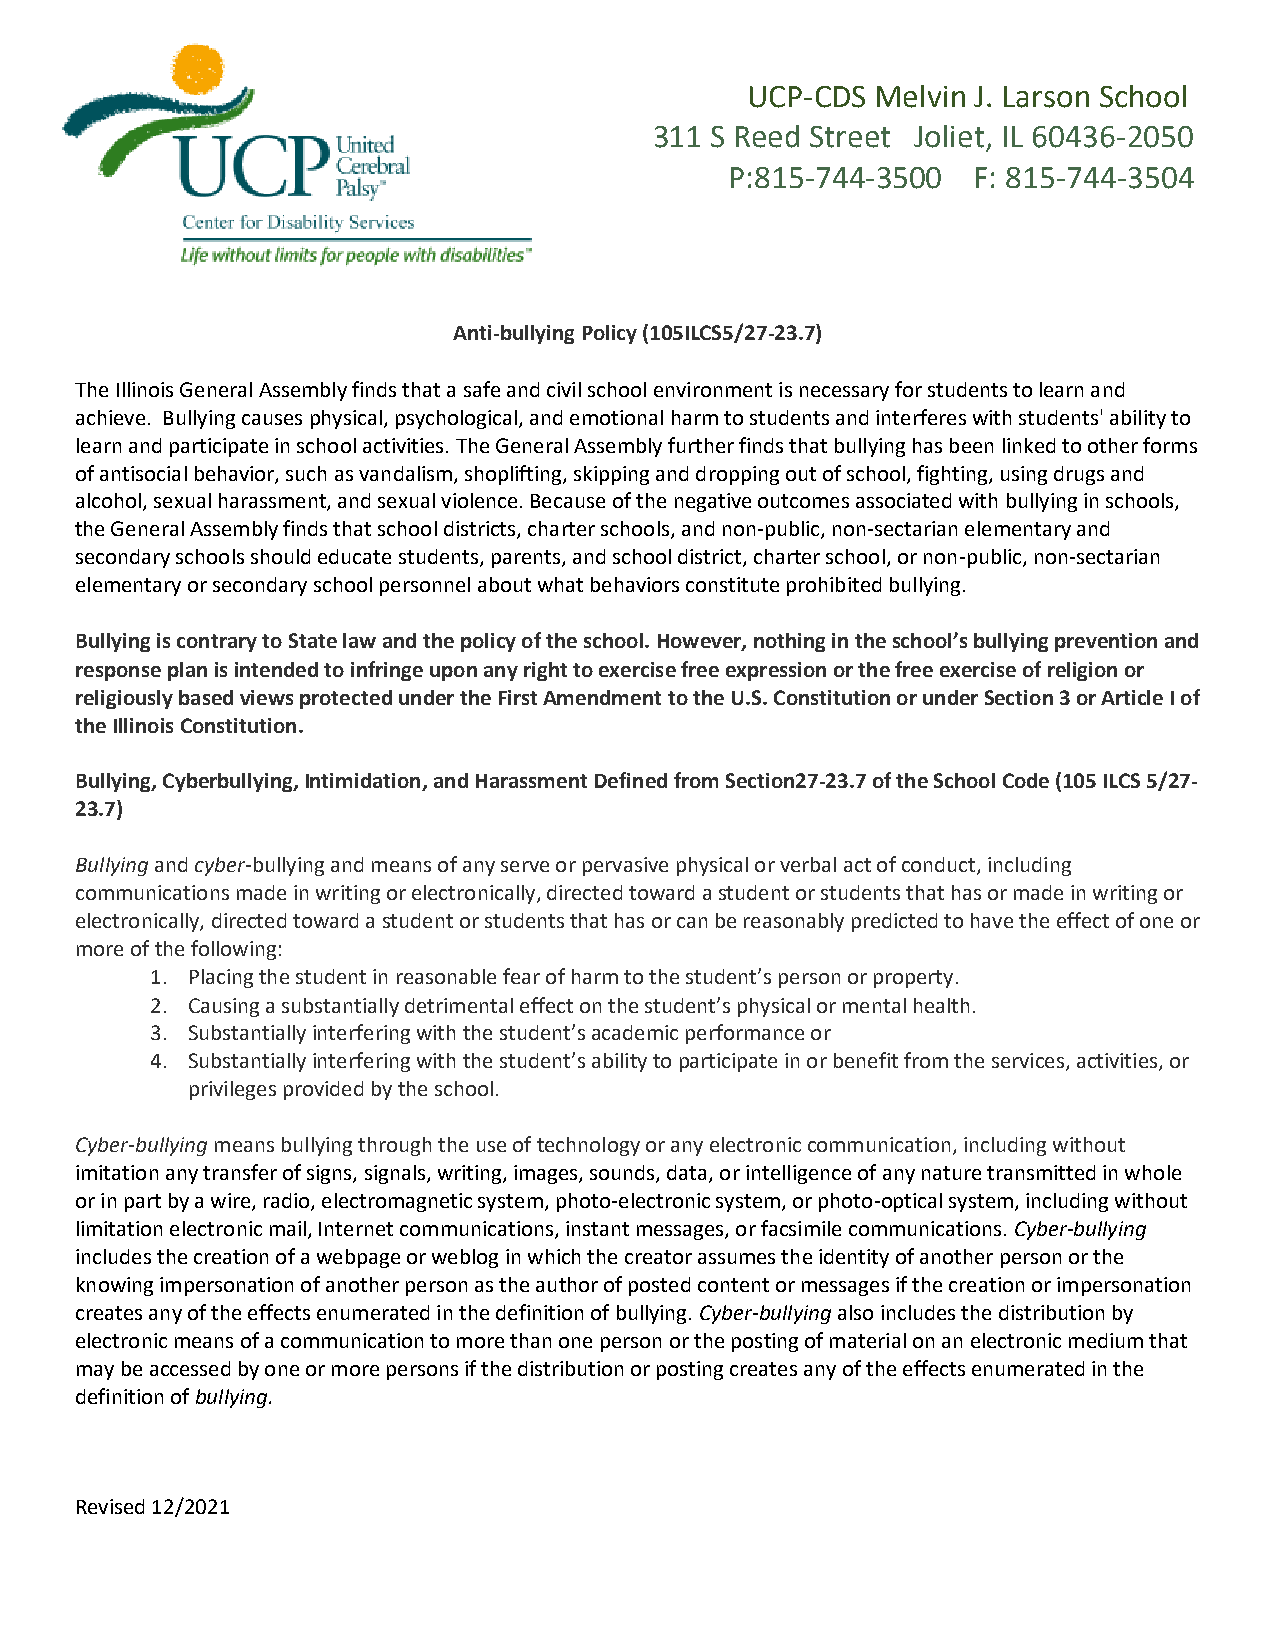
UCP-CDS  Melvin J. Larson School
 311 S Reed Street Joliet, IL 60436-2050
 P:815-744-3500  F: 815-744-3504
 Anti-bullying Policy (105ILCS5/27-23.7)
 The Illinois General Assembly finds that a safe and civil school environment is necessary for students to learn and
 achieve. Bullying causes physical, psychological, and emotional harm to students and interferes with students' ability to
 learn and participate in school activities. The General Assembly further finds that bullying has been linked to other forms
 of antisocial behavior, such as vandalism, shoplifting, skipping and dropping out of school, fighting, using drugs and
 alcohol, sexual harassment, and sexual violence. Because of the negative outcomes associated with bullying in schools,
 the General Assembly finds that school districts, charter schools, and non-public, non-sectarian elementary and
 secondary schools should educate students, parents, and school district, charter school, or non-public, non-sectarian
 elementary or secondary school personnel about what behaviors constitute prohibited bullying.
 Bullying is contrary to State law and the policy of the school. However, nothing in the school’s bullying prevention and
 response plan is intended to infringe upon any right to exercise free expression or the free exercise of religion or
 religiously based views protected under the First Amendment to the U.S. Constitution or under Section 3 or Article I of
 the Illinois Constitution.
 Bullying, Cyberbullying, Intimidation, and Harassment Defined from Section27-23.7 of the School Code (105 ILCS 5/27-
 23.7)
 Bullying and cyber-bullying and means of any serve or pervasive physical or verbal act of conduct, including
 communications made in writing or electronically, directed toward a student or students that has or made in writing or
 electronically, directed toward a student or students that has or can be reasonably predicted to have the effect of one or
 more of the following:
 1. Placing the student in reasonable fear of harm to the student’s person or property.
 2. Causing a substantially detrimental effect on the student’s physical or mental health.
 3. Substantially interfering with the student’s academic performance or
 4. Substantially interfering with the student’s ability to participate in or benefit from the services, activities, or
 privileges provided by the school.
 Cyber-bullying means bullying through the use of technology or any electronic communication, including without
 imitation any transfer of signs, signals, writing, images, sounds, data, or intelligence of any nature transmitted in whole
 or in part by a wire, radio, electromagnetic system, photo-electronic system, or photo-optical system, including without
 limitation electronic mail, Internet communications, instant messages, or facsimile communications. Cyber-bullying
 includes the creation of a webpage or weblog in which the creator assumes the identity of another person or the
 knowing impersonation of another person as the author of posted content or messages if the creation or impersonation
 creates any of the effects enumerated in the definition of bullying. Cyber-bullying also includes the distribution by
 electronic means of a communication to more than one person or the posting of material on an electronic medium that
 may be accessed by one or more persons if the distribution or posting creates any of the effects enumerated in the
 definition of bullying.
 Revised 12/2021